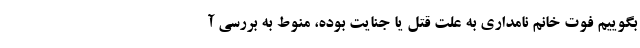
بگوییم فوت خانم نامداری به علت قتل یا جنایت بوده، منوط به بررسی آ